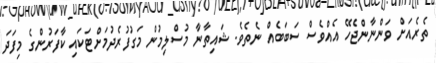
ތެރެއަށް ވަންނާންޖެހޭ އެއްވެސް ސަބަބެއް ނެތެވެ. ޝައިތާނާ މުސްލިމުން މަގުފުރެދުމަށްޓަކައި ކާފަރުންގެ މިފަދަ